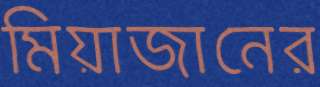
মিয়াজানের